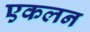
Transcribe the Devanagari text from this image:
एकलन